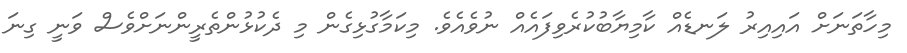
މިހާތަނަށް އައިއިރު ލަނޑެއް ކާމިޔާބުކުރެވިފައެއް ނުވެއެވެ. މިކަމާގުޅިގެން މި ދެކުޅުންތެރީންނަށްވެސް ވަނީ ގިނަ